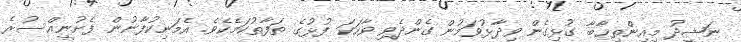
ނަޝީދު މިއިންތިޚާބާ ގުޅިގެން ވިދާޅުވަމުން ގެންދެވި ވާހަކަ ފުޅުގެ ތަފާތުކަމެކެވެ. އެމަނިކުފާނުން ފެށުނީއްސުރެ